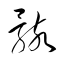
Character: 骸